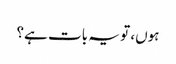
ہوں، تو یہ بات ہے؟